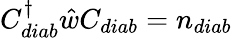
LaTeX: C_{diab}^{\dagger}\hat{w}C_{diab}=n_{diab}